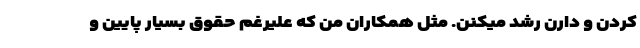
کردن و دارن رشد میکنن. مثل همکاران من که علیرغم حقوق بسیار پایین و